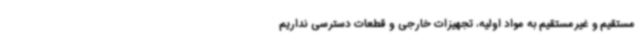
مستقیم و غیرمستقیم به مواد اولیه، تجهیزات خارجی و قطعات دسترسی نداریم